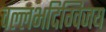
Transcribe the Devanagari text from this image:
वल्लभदिग्विजय